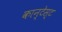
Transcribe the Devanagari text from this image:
कान्टेस्ट